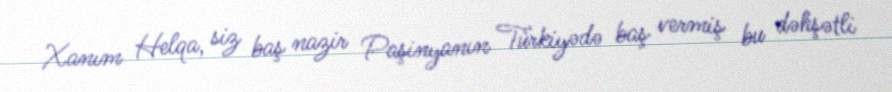
Xanım Helqa, siz baş nazir Paşinyanın Türkiyədə baş vermiş bu dəhşətli